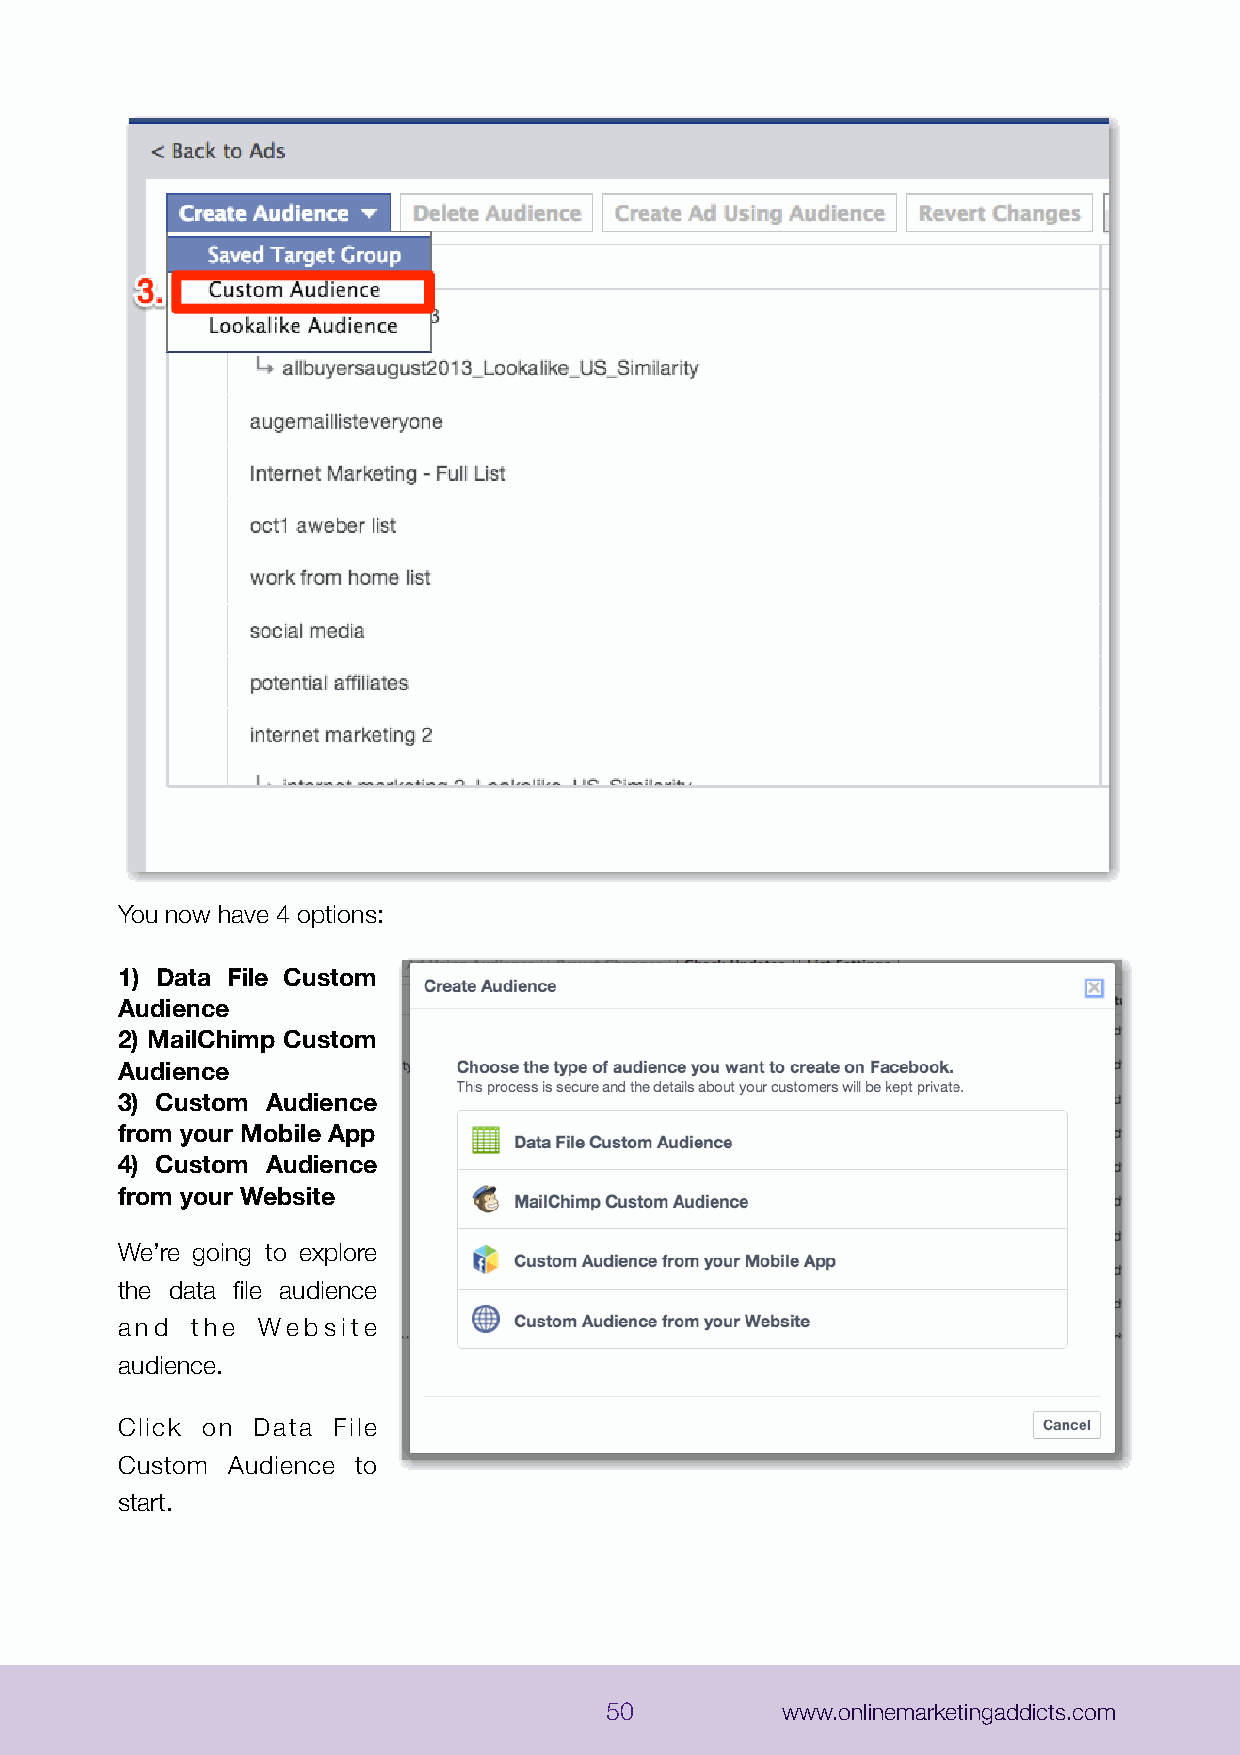
You now have 4 options:
 1) Data File Custom
 Audience
 2) MailChimp Custom
 Audience
 3) Custom Audience
 from your Mobile App
 4) Custom Audience
 from your Website
 We’re going to explore
 the data file audience
 and  the Website
 audience.
 Click on Data File
 Custom Audience to
 start.
 50          www.onlinemarketingaddicts.com